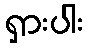
ရှားပါး